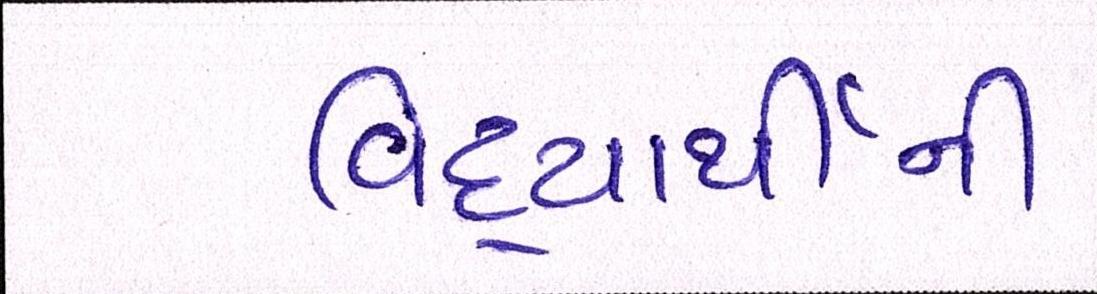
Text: વિદ્યાર્થીની